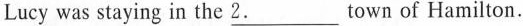
Lucy was staying in the \underline{2.}___town of Hamilton.